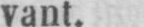
vant.